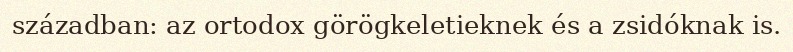
században: az ortodox görögkeletieknek és a zsidóknak is.